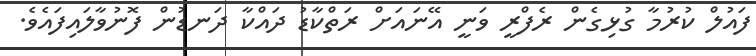
ފައުލް ކުރުމާ ގުޅިގެން ރެފްރީ ވަނީ އޭނައަށް ރަތްކާޑު ދައްކާ ދަނޑުން ފޮނުވާލައިފައެވެ.